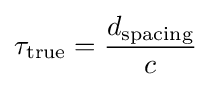
\tau _{\text{true}}={\frac {d_{\text{spacing}}}{c}}